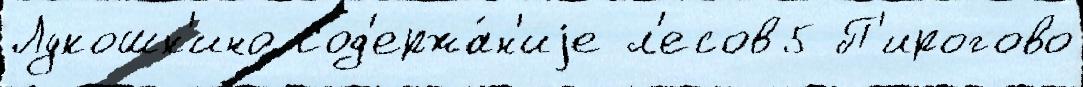
Лукошк'ино Сод'ержа́н'иjе л'есов5 П'ирогово